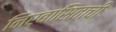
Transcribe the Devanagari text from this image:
निर्वासिताची